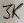
Text: 3K